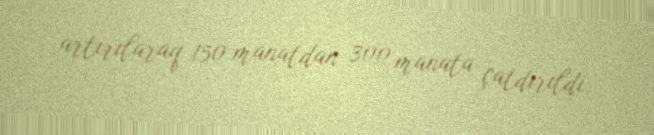
artırılaraq 150 manatdan 300 manata çatdırıldı.